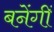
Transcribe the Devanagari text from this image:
बनेंगीं